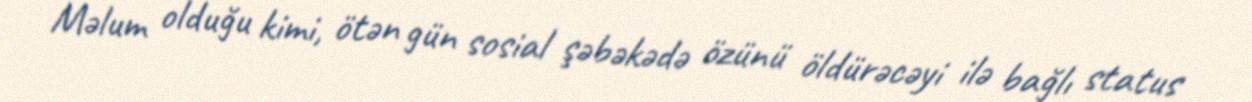
Məlum olduğu kimi, ötən gün sosial şəbəkədə özünü öldürəcəyi ilə bağlı status